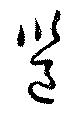
邕